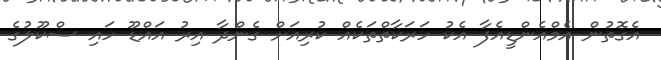
އެގޮތުން އެމްއެންޑީއެފާ އެކު ހަރަކާތްތަކެއް ކުރިއަށް ގެންދާ އިރު އައްޑޫ ހައި ސްކޫލުގެ